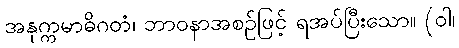
အနုက္ကမာဓိဂတံ၊ ဘာဝနာအစဉ်ဖြင့် ရအပ်ပြီးသော။ (ဝါ၊